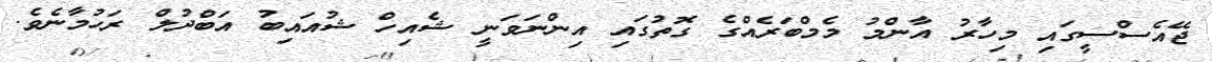
ޖޭއެސްސީގައި މިހާރު އާންމު މެމްބަރެއްގެ ގޮތުގައި އިންނަވަނީ ޝެއިހް ޝުއައިބު އަބްދުލް ރަހުމާނެވެ.